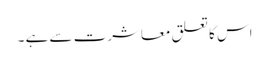
اس کا تعلق معاشرت سے ہے ۔